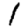
Digit: 1